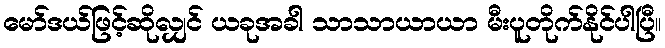
မော်ဒယ်ဖြင့်ဆိုလျှင် ယခုအခါ သာသာယာယာ မီးပူတိုက်နိုင်ပါပြီ။